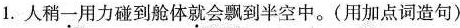
1.人稍一用力碰到舱体就会飘到半空中。(用加点词造句)